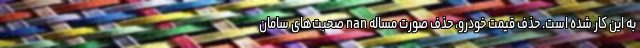
به این کار شده است. حذف قیمت خودرو، حذف صورت مساله nan صحبت‌های سامان